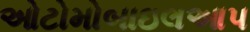
ઓટોમોબાઇલઆપ